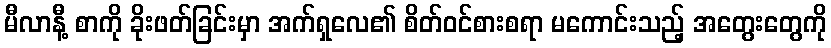
မီလာနီ့ စာကို ခိုးဖတ်ခြင်းမှာ အက်ရှလေ၏ စိတ်ဝင်စားစရာ မကောင်းသည့် အတွေးတွေကို